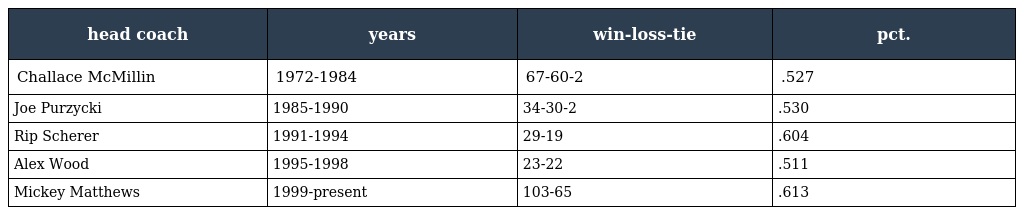
| head coach | years | win-loss-tie | pct. |
 | --- | --- | --- | --- |
 | Challace McMillin | 1972-1984 | 67-60-2 | .527 |
 | Joe Purzycki | 1985-1990 | 34-30-2 | .530 |
 | Rip Scherer | 1991-1994 | 29-19 | .604 |
 | Alex Wood | 1995-1998 | 23-22 | .511 |
 | Mickey Matthews | 1999-present | 103-65 | .613 |